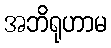
အဘိရုဟာမ